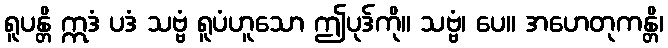
ရူပန္တိ ဣဒံ ပဒံ သဗ္ဗံ ရူပံဟူသော ဤပုဒ်ကို။ သဗ္ဗံ၊ ပေ။ အဟေတုကန္တိ၊